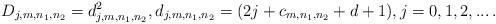
LaTeX: \begin{align*}D_{j,m,n_1,n_2}=d_{j,m,n_1,n_2}^2, d_{j,m,n_1,n_2}=(2 j +c_{m,n_1,n_2}+d+1), j=0,1,2,...\,.\end{align*}